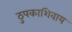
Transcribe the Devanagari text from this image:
ठुपकाशिवाय